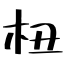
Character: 杻